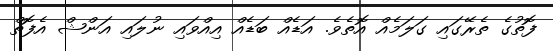
ފޮތުގެ ތެރޭގައި ގަލަމެއް އޮތެވެ. އަޑެއް ބަޑެއް އިއްވައި ނުލައި އަންޝް އެފޮތް